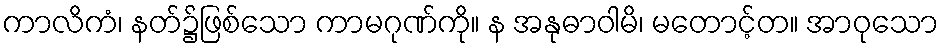
ကာလိကံ၊ နတ်၌ဖြစ်သော ကာမဂုဏ်ကို။ န အနုဓာဝါမိ၊ မတောင့်တ။ အာဝုသော